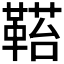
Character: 𩌂